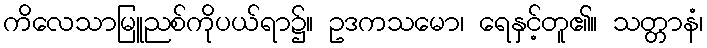
ကိလေသာမြူညစ်ကိုပယ်ရာ၌။ ဥဒကသမော၊ ရေနှင့်တူ၏။ သတ္တာနံ၊